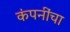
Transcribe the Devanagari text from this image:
कंपनींचा